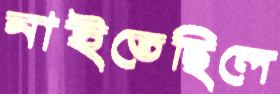
নাইতেছিলে